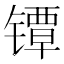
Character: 镡